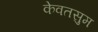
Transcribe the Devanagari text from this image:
केवतसुम